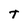
Character: T